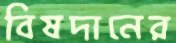
বিষদানের